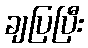
ချပြပြီး